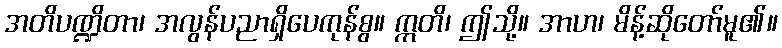
အတိပဏ္ဍိတာ၊ အလွန်ပညာရှိပေကုန်စွ။ ဣတိ၊ ဤသို့။ အာဟ၊ မိန့်ဆိုတော်မူ၏။